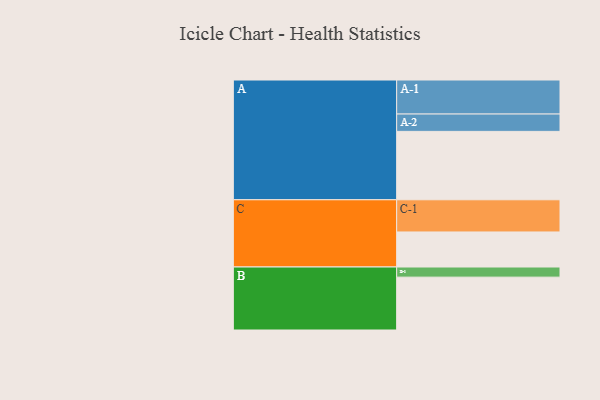
{"axis": {"x": "Segment", "y": "Value"}, "legend": ["", "A", "B", "C"], "data": [{"x": "A", "y": 595, "type": ""}, {"x": "B", "y": 460, "type": ""}, {"x": "C", "y": 305, "type": ""}, {"x": "A-1", "y": 296, "type": "A"}, {"x": "A-2", "y": 151, "type": "A"}, {"x": "B-1", "y": 88, "type": "B"}, {"x": "C-1", "y": 280, "type": "C"}]}